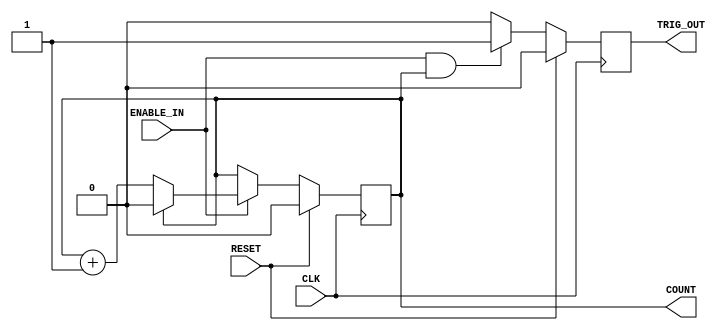
`timescale 1ns / 1ps
//////////////////////////////////////////////////////////////////////////////////
// Company: 
// Engineer: 
// 
// Design Name: 
// Module Name: Generic_Counter
// Project Name: 
// Target Devices: 
// Tool Versions: 
// Description: 
// 
// Dependencies: 
// 
// Revision:
// Revision 0.01 - File Created
// Additional Comments:
// 
//////////////////////////////////////////////////////////////////////////////////


module Generic_counter(
        CLK,
        RESET,
        ENABLE_IN,
        TRIG_OUT,
        COUNT
    );
    
        parameter COUNTER_WIDTH = 1;
        parameter COUNTER_MAX = 1;
        
        input CLK;
        input RESET;
        input ENABLE_IN;
        output TRIG_OUT;
        output [COUNTER_WIDTH-1:0] COUNT;
        // Declare registers that hold the current count value and trigger out between clock cycles.
        
        reg [COUNTER_WIDTH-1:0]count_value = 0; // controls counter width.
        reg Trigger_out;
        
        // Synchronous logic for value of count_values
        
        always@(posedge CLK) begin
            if(RESET)
                count_value <= 0;
            else begin
                if (ENABLE_IN) begin
                    if(count_value == COUNTER_MAX)
                        count_value <= 0;
                    else
                        count_value <= count_value + 1;
                  end
              end
          end
          
       // Synchronous logic for Trigger_out
       always@(posedge CLK) begin
            if (RESET)
                Trigger_out <= 0;
            else begin
                if (ENABLE_IN && (count_value == COUNTER_MAX))
                    Trigger_out <= 1;
                else 
                    Trigger_out <= 0;
             end
         end
         
         //Assignment that tie the count_value and Trigger_out to COUNT and TRIG_OUT respectively.
         
         assign COUNT = count_value;
         assign TRIG_OUT = Trigger_out;
         
endmodule